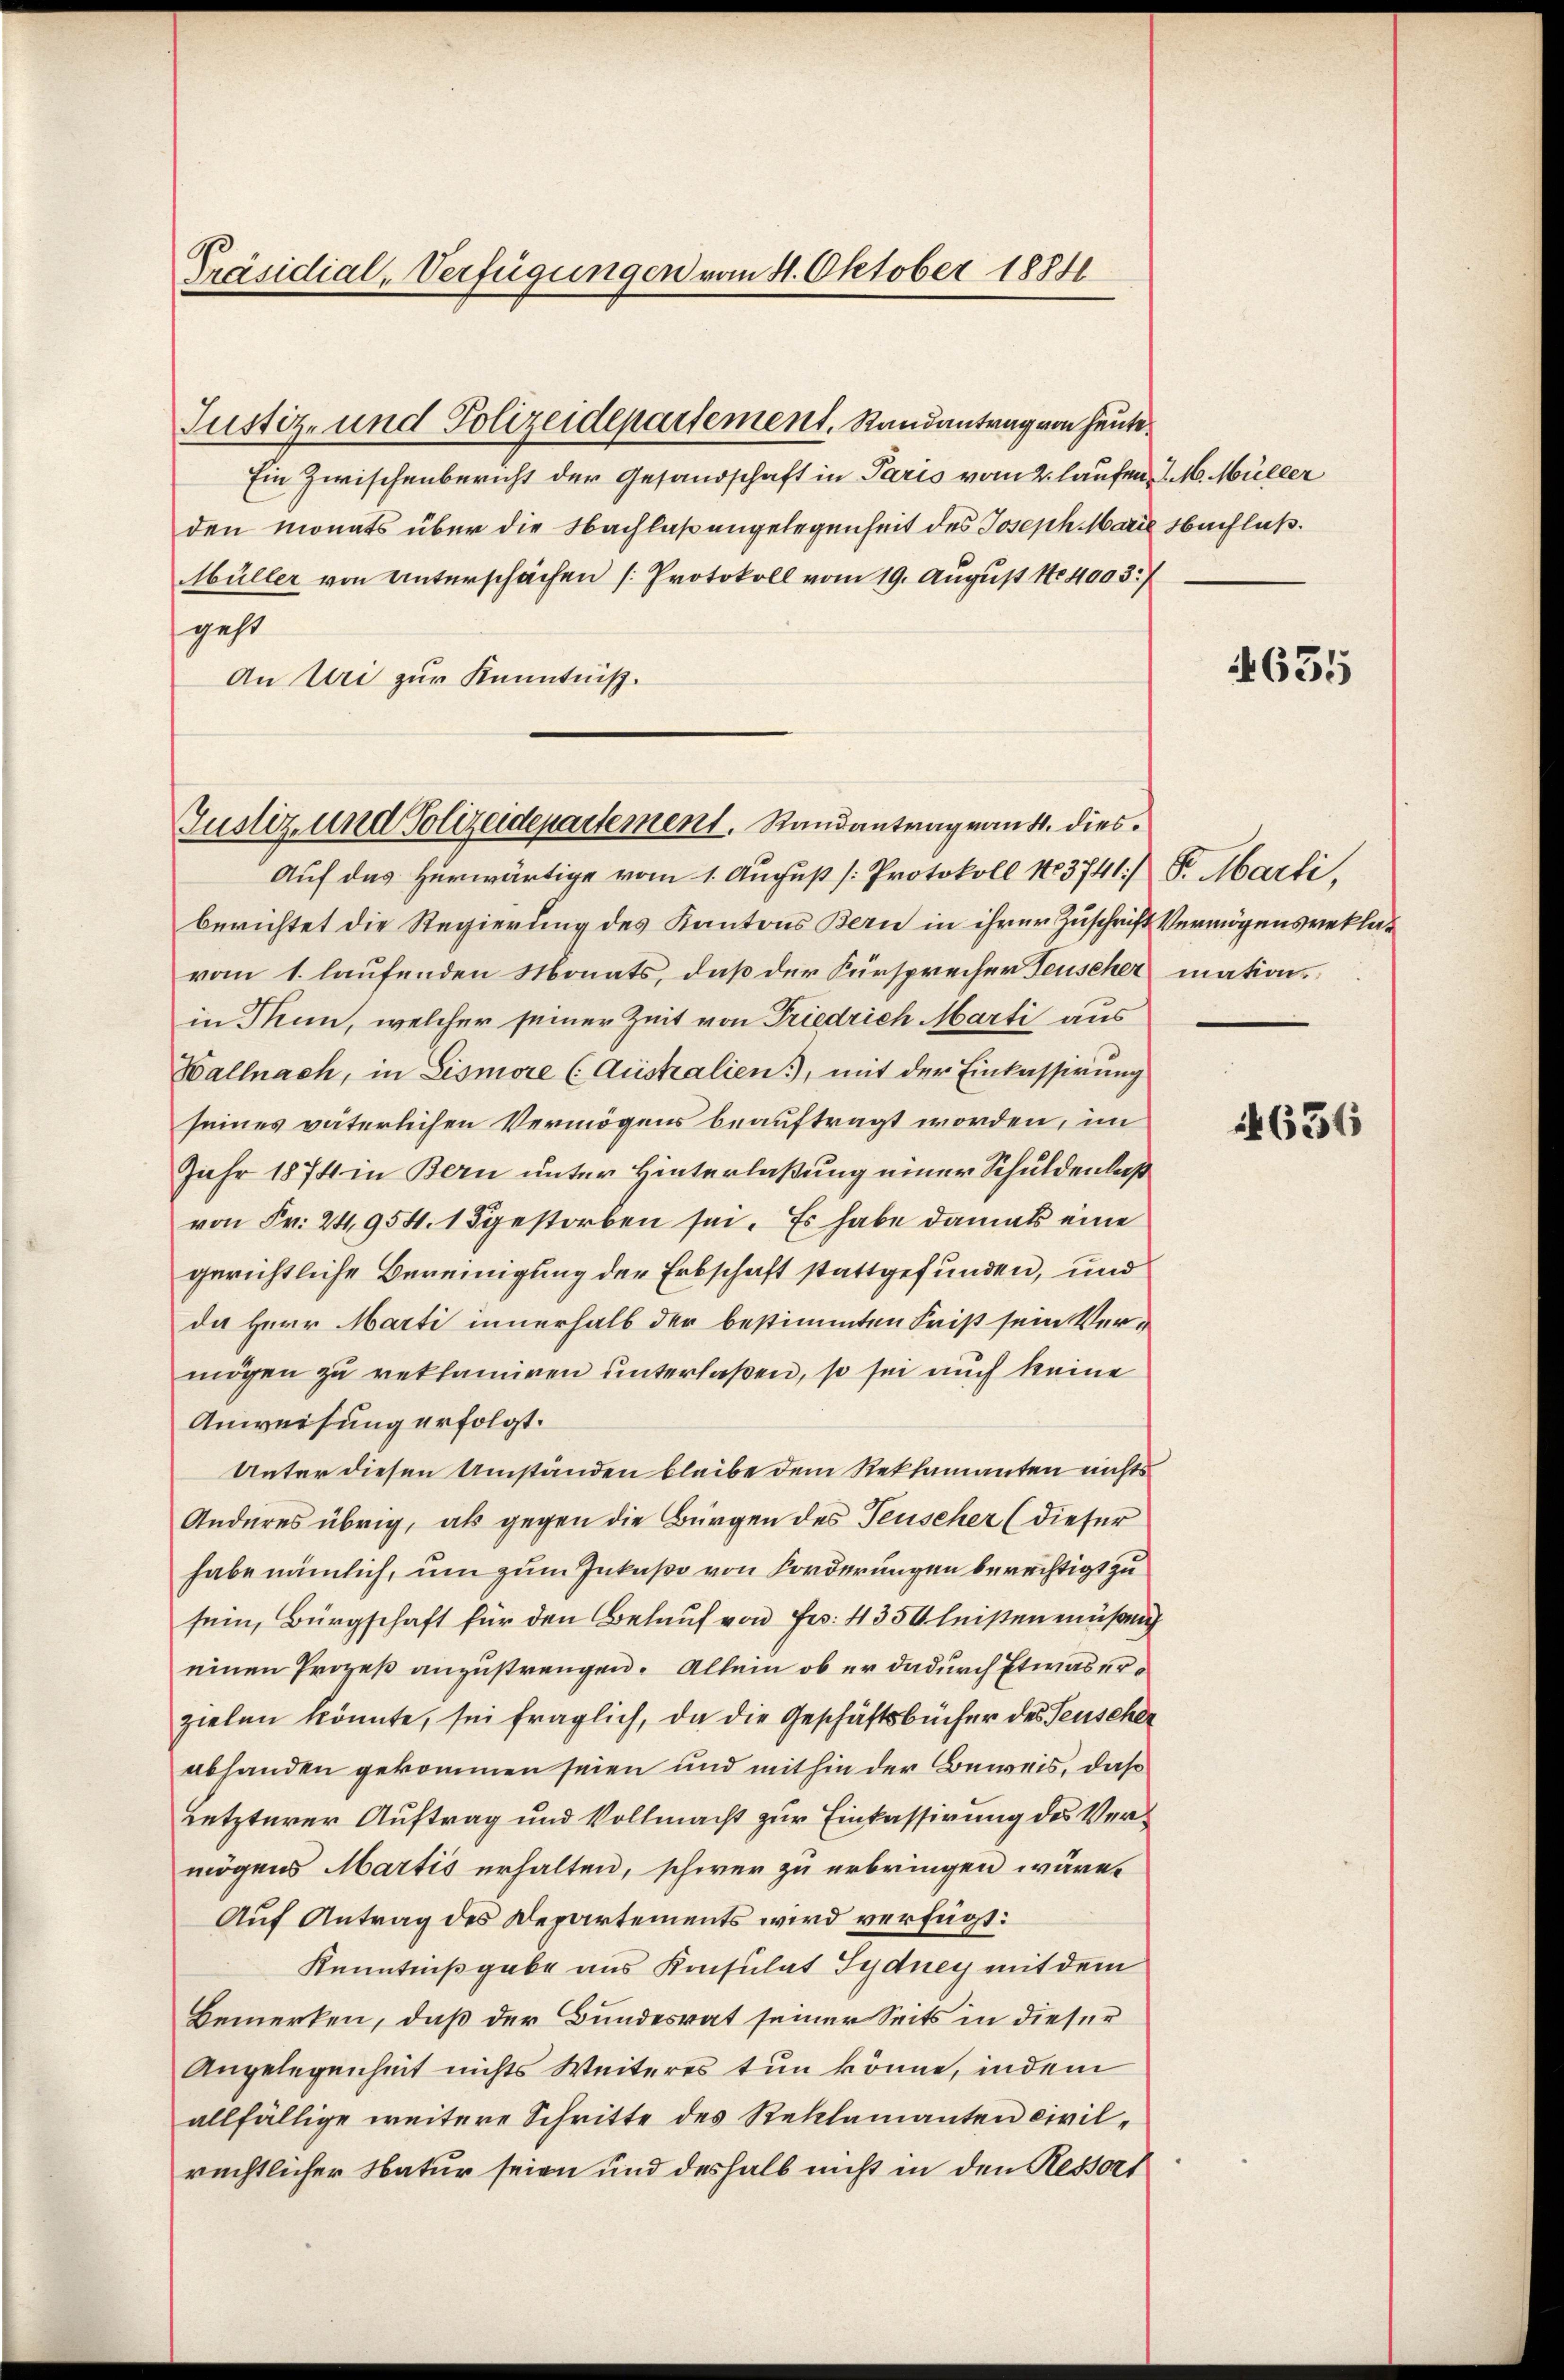
Präsidial-Verfügungen vom 11. Oktober 1884

Ein Zwischenbericht der Gesandschaft in Paris vom 2. laufen J. M. Müller
den monats über die Nachlaßangelegenheit des Joseph Marie Nachlaß¬
Müller von Unterschächen [Protokoll vom 19. August 184003./
geht
An Uri zur Kenntniß.
Auf das herwärtige vom 1. August [Protokoll 183741) S. Marti,
berichtet die Regierung des Kantons Bern in ihrer Zuschrift Vermögensreklavom 1. laufenden Monats, daß der Fürsprecher Feuscher mationsin Thun, welcher seiner Zeit von Friedrich Marti aus
Wallnach, in Lismore (Australien), mit der Einkassirung
seines väterlichen Vermögens beauftragt worden, im
Jahr 1874 in Bern unter Hinterlaßung einer Schuldenlaß
von Fr. 24, 954. 1 gestorben sei. Es habe damals eine
gerichtliche Bereinigung der Erbschaft stattgefunden, und
da Herr Marti innerhalb der bestimmten Frist sein Ver-
mögen zu reklamiren unterlaßen, so sei auch keine
Anweisung erfolgt.
Unter diesen Umständen bleibe dem Reklamanten nichts
Anderes übrig, als gegen die Bürgen des Teuscher (dieser
habe nämlich, um zum Inkasso von Forderungen berechtigt zu
sein, Bürgschaft für den Belauf von Fr. 4354 leisten müsach
einen Prozeß anzustrengen. Allein ob er dadurch Etwas erzielen könnte, sei fraglich, da die Geschäftsbücher des Feuscher
abhanden gekommen seien und mithin der Beweis, daß
Letzterer Auftrag und Vollmacht zur Einkassirung des Vermögens Martis erhalten, schwer zu erbringen wäre.
Auf Antrag des Departements wird verfügt:
Kenntnißgabe aus Konsulat Sydney mit dem
Bemerken, daß der Bundesrat seiner Seits in dieser
Angelegenheit nichts Weiteres tun könne, indem
allfällige weitere Schritte des Reklamanten civilrechtlicher Natur seien und deshalb nicht in den Ressors

Justiz- und Polizeidepartement, Randantrag von heute

Justiz- und Polizeidepartement. Randantrag von 4. dies¬

4635

1636